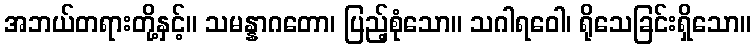
အဘယ်တရားတို့နှင့်။ သမန္နာဂတော၊ ပြည့်စုံသော။ သဂါရဝေါ၊ ရိုသေခြင်းရှိသော။